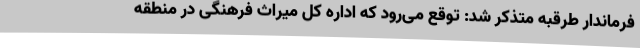
فرماندار طرقبه متذکر شد: توقع می‌رود که اداره کل میراث فرهنگی در منطقه